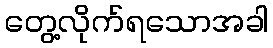
တွေ့လိုက်ရသောအခါ